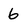
Character: 6